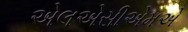
એલએસીએમએ